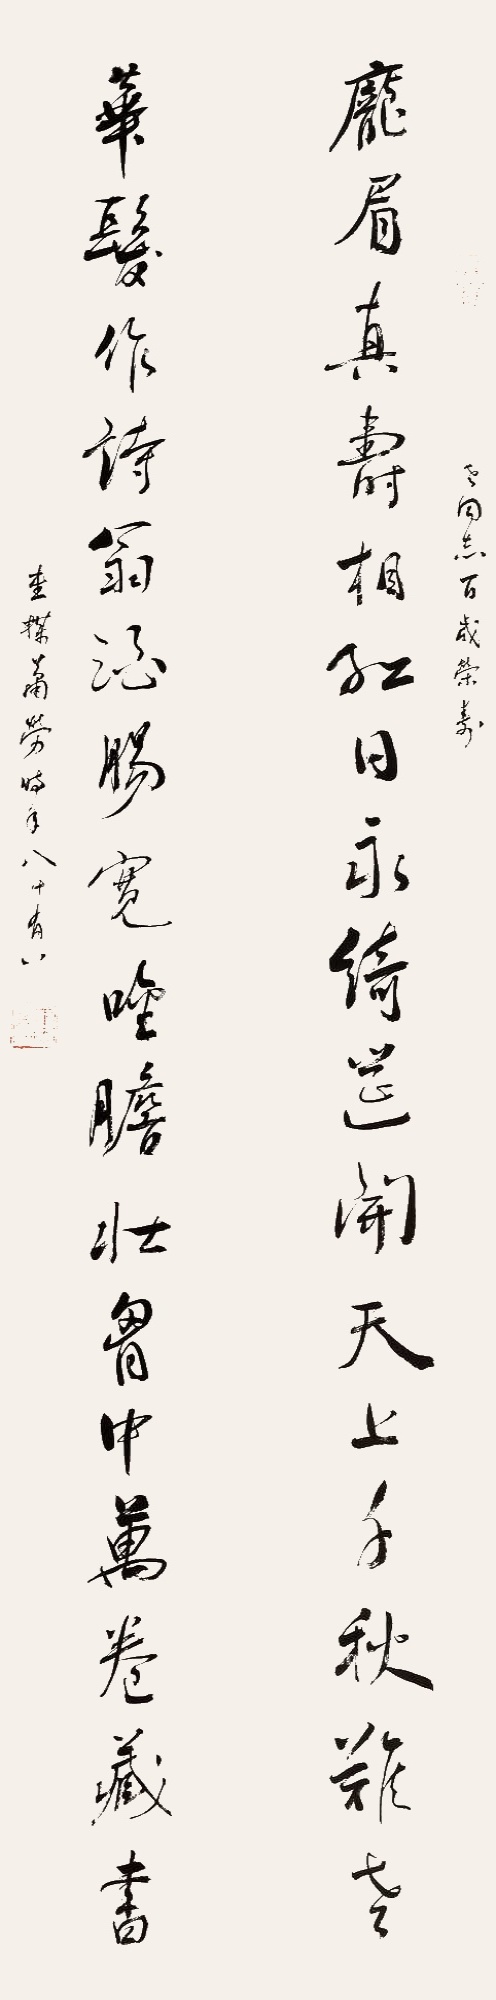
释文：庞眉真寿相，红日永，绮筵开，天上千秋难老。华发作诗翁，酒肠宽，唫胆壮，胸中万卷藏书。老同志百岁荣寿，重梅萧劳时年八十有八。